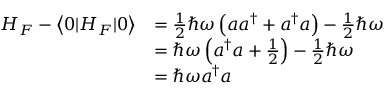
{ \begin{array} { r l } { H _ { F } - \left\langle 0 | H _ { F } | 0 \right\rangle } & { = { \frac { 1 } { 2 } } \hbar \omega \left( a a ^ { \dagger } + a ^ { \dagger } a \right) - { \frac { 1 } { 2 } } \hbar \omega } \\ & { = \hbar \omega \left( a ^ { \dagger } a + { \frac { 1 } { 2 } } \right) - { \frac { 1 } { 2 } } \hbar \omega } \\ & { = \hbar \omega a ^ { \dagger } a } \end{array} }